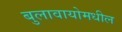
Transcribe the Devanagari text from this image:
बुलावायोमधील